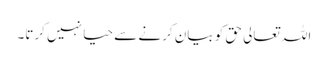
اللہ تعالی حق کو بیان کرنے سے حیا نہیں کرتا۔